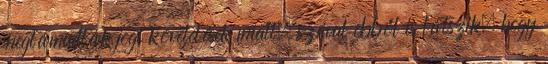
megtámadták jogi követelések miatt, szóval ebből is látszik, hogy